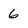
Character: 6